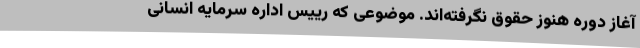
آغاز دوره هنوز حقوق نگرفته‌اند. موضوعی که رییس اداره سرمایه انسانی